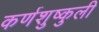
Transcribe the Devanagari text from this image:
कर्णशुष्कुली